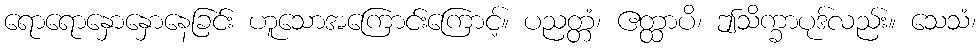
ရောရောနှောနှောနေခြင်း ဟူသောအကြောင်းကြောင့်။ ပညတ္တံ၊ ဧတ္ထာပိ၊ ဤသိက္ခာပုဒ်လည်း။ သေသံ၊